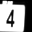
Digit: 4